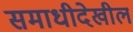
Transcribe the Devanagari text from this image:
समाधीदेखील